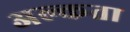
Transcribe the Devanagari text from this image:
अल्कता